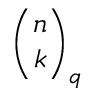
{ \binom { n } { k } } _ { q }